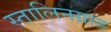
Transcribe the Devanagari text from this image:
स्तालिनग्राड